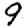
Digit: 9